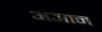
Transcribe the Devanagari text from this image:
अञान